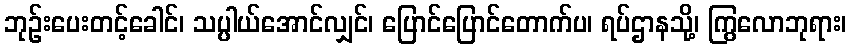
ဘုဉ်းပေးတင့်ခေါင်၊ သပ္ပါယ်အောင်လျှင်၊ ပြောင်ပြောင်တောက်ပ၊ ရပ်ဌာနသို့၊ ကြွလောဘုရား၊